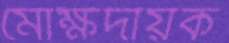
মোক্ষদায়ক